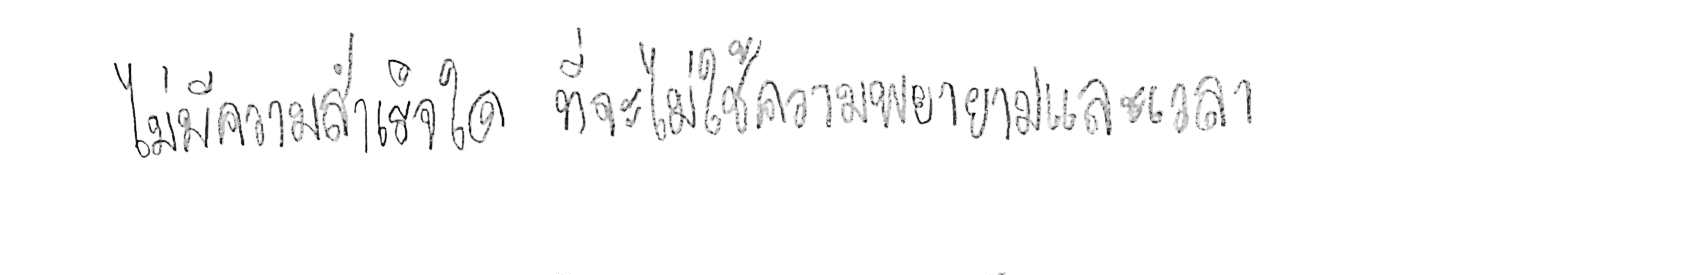
ไม่มีความสำเร็จใด ที่จะไม่ใช้ความพยายามและเวลา